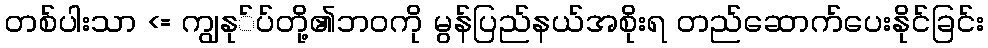
တစ်ပါးသာ <= ကျွနု်ပ်တို့၏ဘဝကို မွန်ပြည်နယ်အစိုးရ တည်ဆောက်ပေးနိုင်ခြင်း